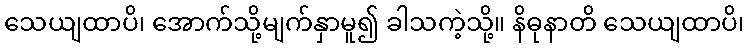
သေယျထာပိ၊ အောက်သို့မျက်နှာမူ၍ ခါသကဲ့သို့။ နိဓုနာတိ သေယျထာပိ၊